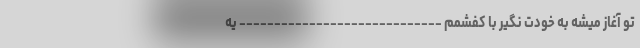
تو آغاز میشه به خودت نگیر با کفشمم ----------------------------- یه